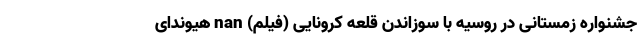
جشنواره زمستانی در روسیه با سوزاندن قلعه کرونایی (فیلم) nan هیوندای